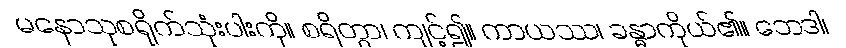
မနောသုစရိုက်သုံးပါးကို။ စရိတွာ၊ ကျင့်၍။ ကာယဿ၊ ခန္ဓာကိုယ်၏။ ဘေဒါ၊